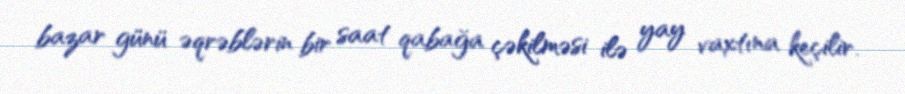
bazar günü əqrəblərin bir saat qabağa çəkilməsi ilə yay vaxtına keçilir.